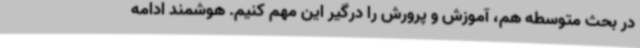
در بحث متوسطه هم، آموزش و پرورش را درگیر این مهم کنیم. هوشمند ادامه